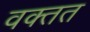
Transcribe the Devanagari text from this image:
वक्तत